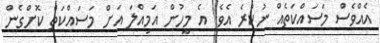
އެއްވެސް މަސައްކަތެއް ނުކުރެ އެވެ. އެ މީހުން އަމިއްލަ އަށް މަސައްކަތް ކޮށްގެން